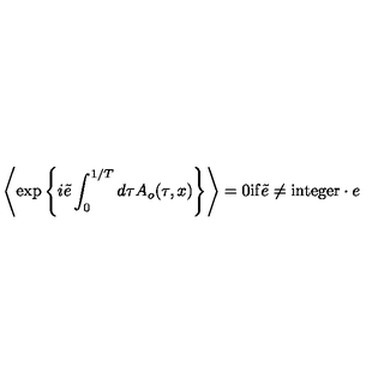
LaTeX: \left\langle \exp \left\{ i \tilde { e } \int _ { 0 } ^ { 1 / T } d \tau A _ { o } ( \tau , x ) \right\} \right\rangle = 0 \mathrm { i f } \tilde { e } \neq \mathrm { i n t e g e r } \cdot e \nonumber